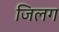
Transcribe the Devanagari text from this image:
जिलग